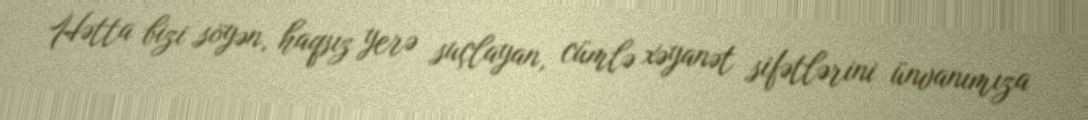
Hətta bizi söyən, haqsız yerə suçlayan, cümlə xəyanət sifətlərini ünvanımıza